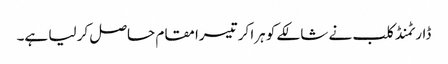
ڈارٹمنڈ کلب نے شالکے کو ہرا کر تیسرا مقام حاصل کر لیا ہے۔